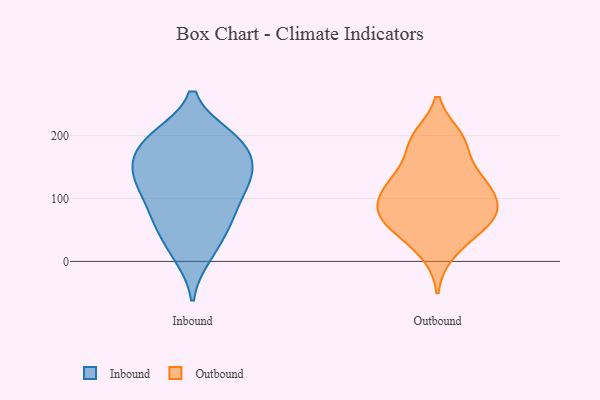
{"axis": {"x": "Active Users", "y": "Value"}, "legend": ["Inbound", "Outbound"], "data": [{"x": "", "y": 192, "type": "Inbound"}, {"x": "", "y": 139, "type": "Inbound"}, {"x": "", "y": 10, "type": "Inbound"}, {"x": "", "y": 113, "type": "Inbound"}, {"x": "", "y": 19, "type": "Inbound"}, {"x": "", "y": 138, "type": "Inbound"}, {"x": "", "y": 197, "type": "Inbound"}, {"x": "", "y": 198, "type": "Inbound"}, {"x": "", "y": 140, "type": "Inbound"}, {"x": "", "y": 65, "type": "Inbound"}, {"x": "", "y": 67, "type": "Inbound"}, {"x": "", "y": 139, "type": "Inbound"}, {"x": "", "y": 85, "type": "Inbound"}, {"x": "", "y": 192, "type": "Inbound"}, {"x": "", "y": 57, "type": "Inbound"}, {"x": "", "y": 160, "type": "Inbound"}, {"x": "", "y": 181, "type": "Inbound"}, {"x": "", "y": 114, "type": "Inbound"}, {"x": "", "y": 124, "type": "Outbound"}, {"x": "", "y": 198, "type": "Outbound"}, {"x": "", "y": 75, "type": "Outbound"}, {"x": "", "y": 122, "type": "Outbound"}, {"x": "", "y": 109, "type": "Outbound"}, {"x": "", "y": 82, "type": "Outbound"}, {"x": "", "y": 150, "type": "Outbound"}, {"x": "", "y": 46, "type": "Outbound"}, {"x": "", "y": 13, "type": "Outbound"}, {"x": "", "y": 195, "type": "Outbound"}, {"x": "", "y": 127, "type": "Outbound"}, {"x": "", "y": 86, "type": "Outbound"}, {"x": "", "y": 188, "type": "Outbound"}, {"x": "", "y": 83, "type": "Outbound"}, {"x": "", "y": 61, "type": "Outbound"}, {"x": "", "y": 52, "type": "Outbound"}]}